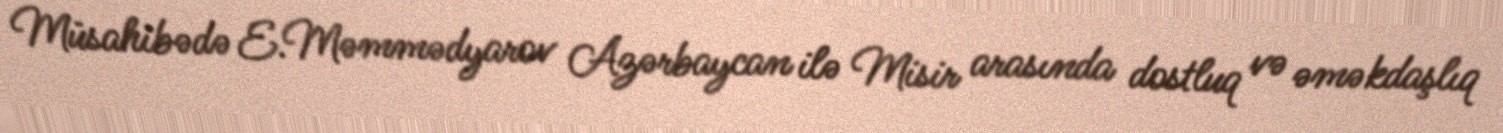
Müsahibədə E.Məmmədyarov Azərbaycan ilə Misir arasında dostluq və əməkdaşlıq